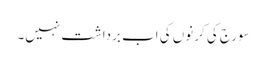
سورج کی کرنوں کی اب برداشت نہیں۔